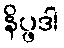
နိပ္ဖဒါ